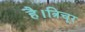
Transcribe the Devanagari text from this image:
है।त्रिचूर